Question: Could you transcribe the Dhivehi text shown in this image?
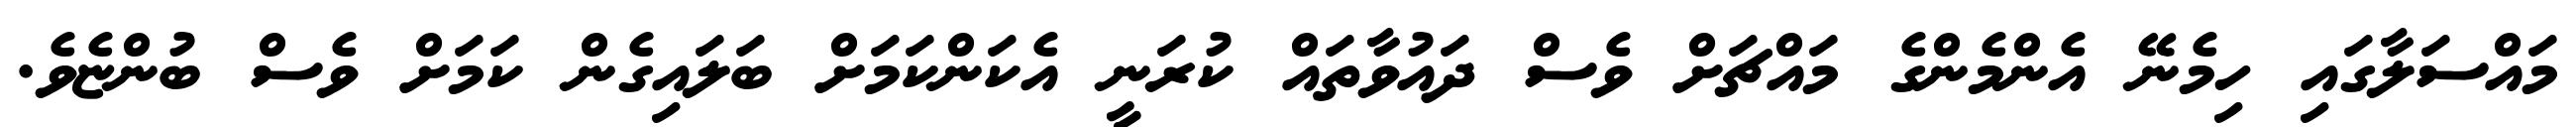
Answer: މައްސަލާގައި ހިމެނޭ އެންމެންގެ މައްޗަށް ވެސް ދައުވާތައް ކުރަނީ އެކަންކަމަށް ބަލައިގެން ކަމަށް ވެސް ބުންޏެވެ.